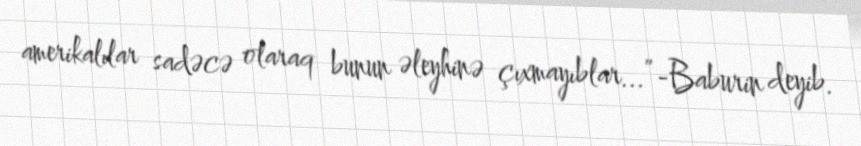
amerikalılar sadəcə olaraq bunun əleyhinə çıxmayıblar...”-Baburin deyib.